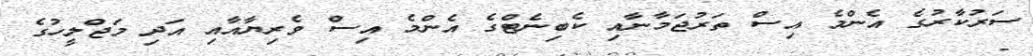
ސަރުކާރުގެ އެންމެ އިސް ތަރުޖަމާނާއި ކެބިނެޓްގެ އެންމެ އިސް ވެރިޔާއާއި އަދި މަޖްލީހުގެ